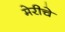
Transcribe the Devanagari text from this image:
मेरीचे